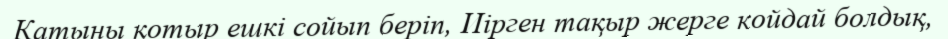
Қатыны қотыр ешкі сойып беріп, Иірген тақыр жерге койдай болдық,